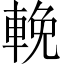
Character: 輓